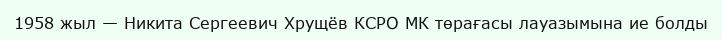
1958 жыл — Никита Сергеевич Хрущёв КСРО МК төрағасы лауазымына ие болды